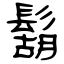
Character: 鬍